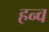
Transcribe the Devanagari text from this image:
हन्व